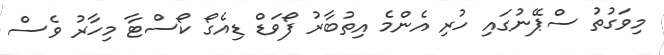
މިވަގުތު ސްޕޭނުގައި ހުރި އެންމެ އިތުބާރު ފޯވަޑް ޑިއެގޯ ކޯސްޓާ މިހާރު ވެސް